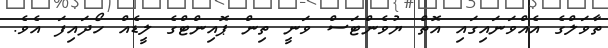
ތާވަލްގެ އެއްވަނައިގައި އޮތް ޔުވެންޓަސް ވަނީ ތިން ޕޮއިންޓްގެ ލީޑެއް ހޯދައިފަ އެވެ.